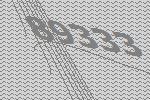
89333